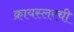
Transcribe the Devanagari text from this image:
क्रायस्लरची